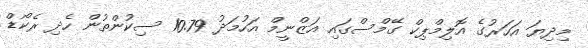
މިދިޔަ އަހަރުގެ އޮލިމްޕިކް ގޭމްސްގައި އަޒްނީމް އަހުމަދު 10.79 ސިކުންތުން ހެދި ރެކޯޑް